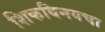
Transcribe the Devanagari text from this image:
शिकविनयचा